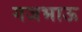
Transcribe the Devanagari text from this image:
गजभाऊ